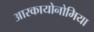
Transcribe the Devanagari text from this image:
आरकायोनोमिया